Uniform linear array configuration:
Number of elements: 12
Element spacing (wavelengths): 1
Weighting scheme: hann
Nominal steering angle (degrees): -60
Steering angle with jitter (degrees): -61.478
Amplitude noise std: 0.05
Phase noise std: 0.05

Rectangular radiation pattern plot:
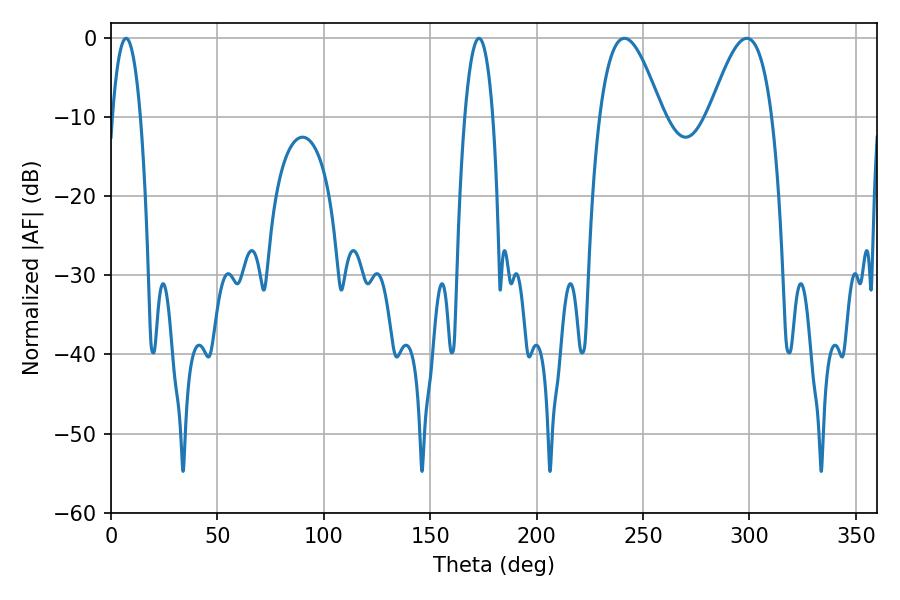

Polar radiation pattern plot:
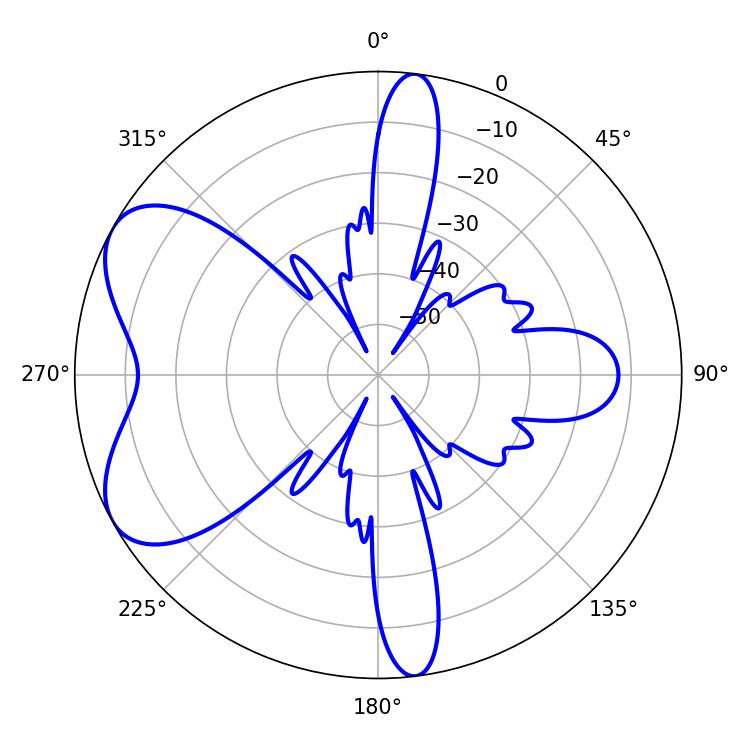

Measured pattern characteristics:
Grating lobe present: TRUE
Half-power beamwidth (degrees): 15.84
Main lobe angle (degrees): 241.2